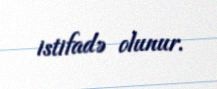
istifadə olunur.